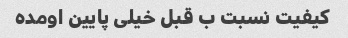
کیفیت نسبت ب قبل خیلی پایین اومده